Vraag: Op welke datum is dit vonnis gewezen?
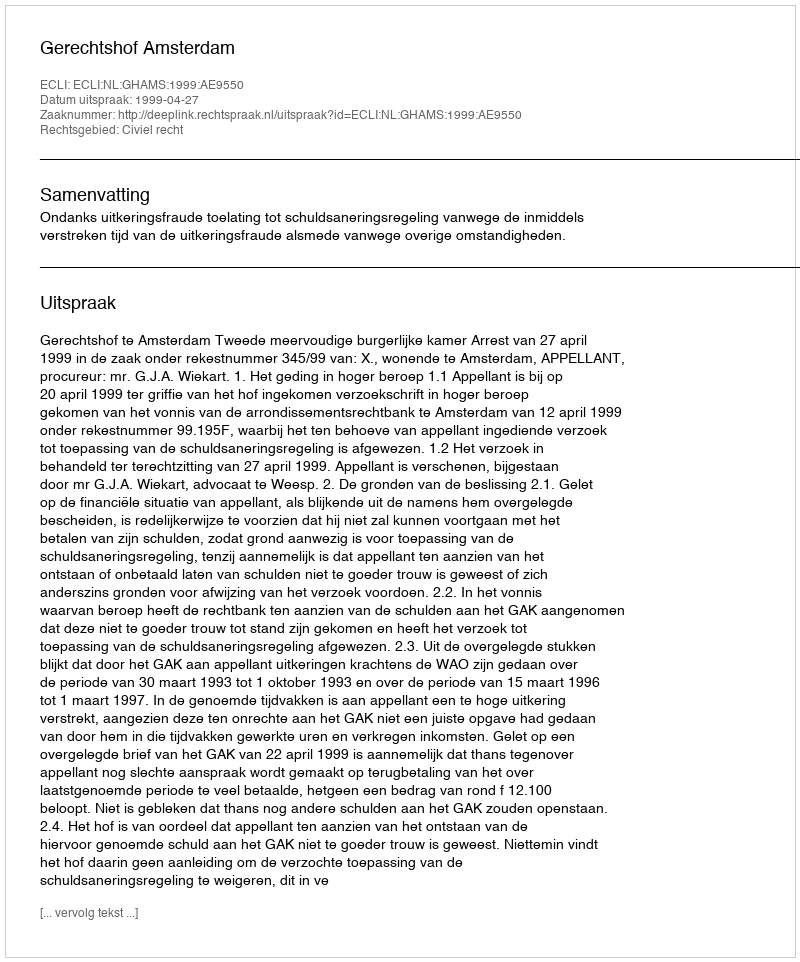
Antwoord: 1999-04-27